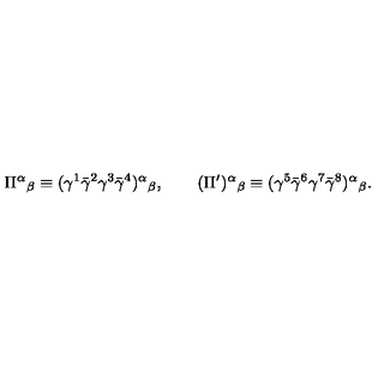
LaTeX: \Pi ^ { \alpha } { } _ { \beta } \equiv ( \gamma ^ { 1 } \bar { \gamma } ^ { 2 } \gamma ^ { 3 } \bar { \gamma } ^ { 4 } ) ^ { \alpha } { } _ { \beta } , \qquad ( \Pi ^ { \prime } ) ^ { \alpha } { } _ { \beta } \equiv ( \gamma ^ { 5 } \bar { \gamma } ^ { 6 } \gamma ^ { 7 } \bar { \gamma } ^ { 8 } ) ^ { \alpha } { } _ { \beta } .